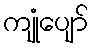
ကျုံပျော်